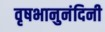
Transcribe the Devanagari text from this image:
वृषभानुनंदिनी